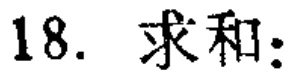
18. 求和：